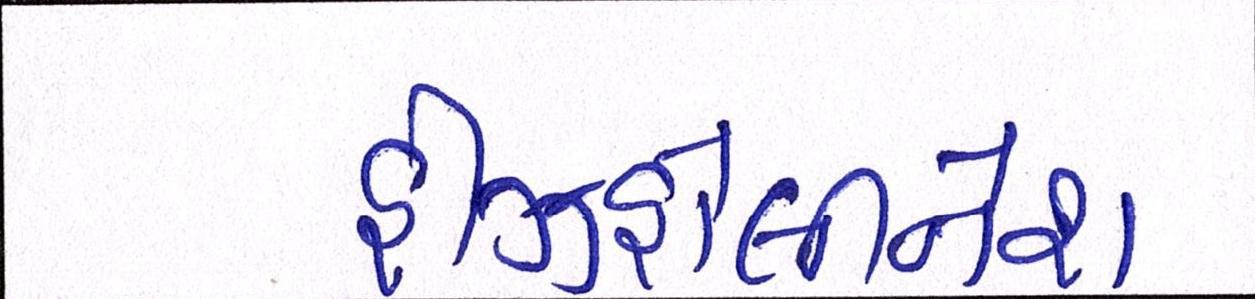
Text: હીઝહોલીનેશ